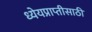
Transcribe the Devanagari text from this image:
ध्येयप्राप्तीसाठी